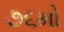
૭૬મો